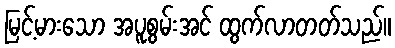
မြင့်မားသော အပူစွမ်းအင် ထွက်လာတတ်သည်။